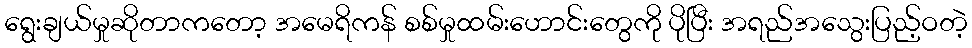
ရွေးချယ်မှုဆိုတာကတော့ အမေရိကန် စစ်မှုထမ်းဟောင်းတွေကို ပိုပြီး အရည်အသွေးပြည့်ဝတဲ့